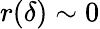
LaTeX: r(\delta)\sim 0